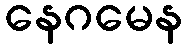
နေဂမေန